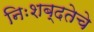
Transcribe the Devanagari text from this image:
निःशब्दतेचे